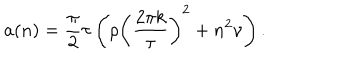
LaTeX: a ( n ) = \frac { \pi } { 2 } \tau \left( \rho \left( \frac { 2 \pi k } { \tau } \right) ^ { 2 } + n ^ { 2 } \nu \right) .